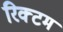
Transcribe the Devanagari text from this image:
रिक्टम